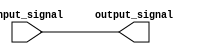
module transmission_gate_delay (
    input wire input_signal,
    output wire output_signal
);

wire gate_signal;

assign gate_signal = input_signal;

assign output_signal = gate_signal;

endmodule